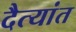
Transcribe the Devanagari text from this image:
दैत्यांत